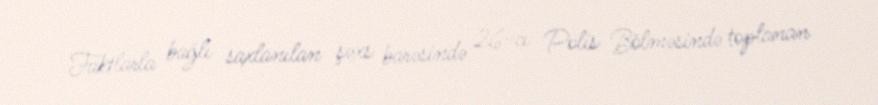
Faktlarla bağlı saxlanılan şəxs barəsində 26-cı Polis Bölməsində toplanan